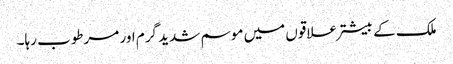
ملک کے بیشتر علاقوں میں موسم شدید گرم اور مرطوب رہا۔